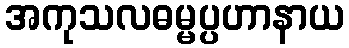
အကုသလဓမ္မပ္ပဟာနာယ